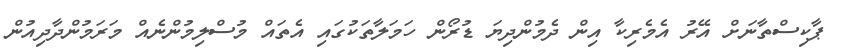
ޕާކިސްތާނަށް އޭރު އެމެރިކާ އިން ދެމުންދިޔަ ޑުރޯން ހަމަލާތަކުގައި އެތައް މުސްލިމުންނެއް މަރަމުންދާދިއުން